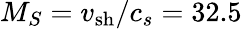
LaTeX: M_{S}=v_{\mathrm{sh}}/c_{s}=32.5